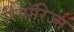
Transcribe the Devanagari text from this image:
रिगॉरिज्म